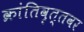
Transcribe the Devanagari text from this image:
क्रांतिवृत्तवर